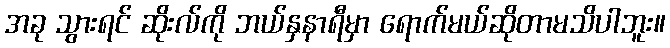
အခု သွားရင် ဆိုးလ်ကို ဘယ်နှနာရီမှာ ရောက်မယ်ဆိုတာမသိပါဘူး။